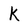
Character: K